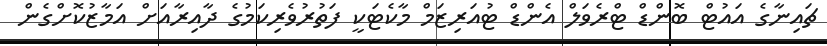
ޗައިނާގެ އައުޓް ބޮންޑް ޓްރެވަލް އެންޑް ޓުއަރިޒަމް މާކެޓަކީ ފަތުރުވެރިކަމުގެ ދާއިރާއަށް އަމާޒުކޮށްގެން